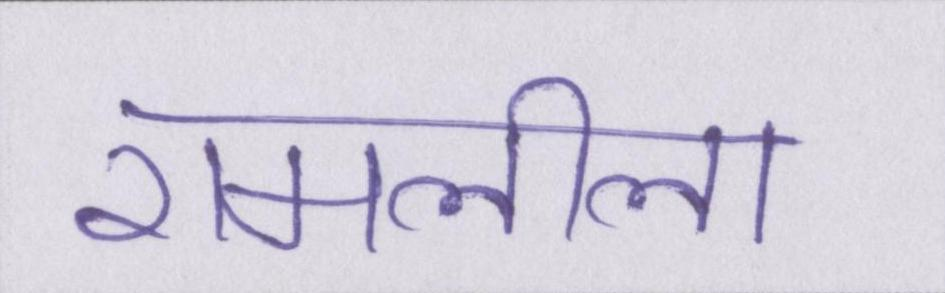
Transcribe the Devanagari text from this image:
रामलीला